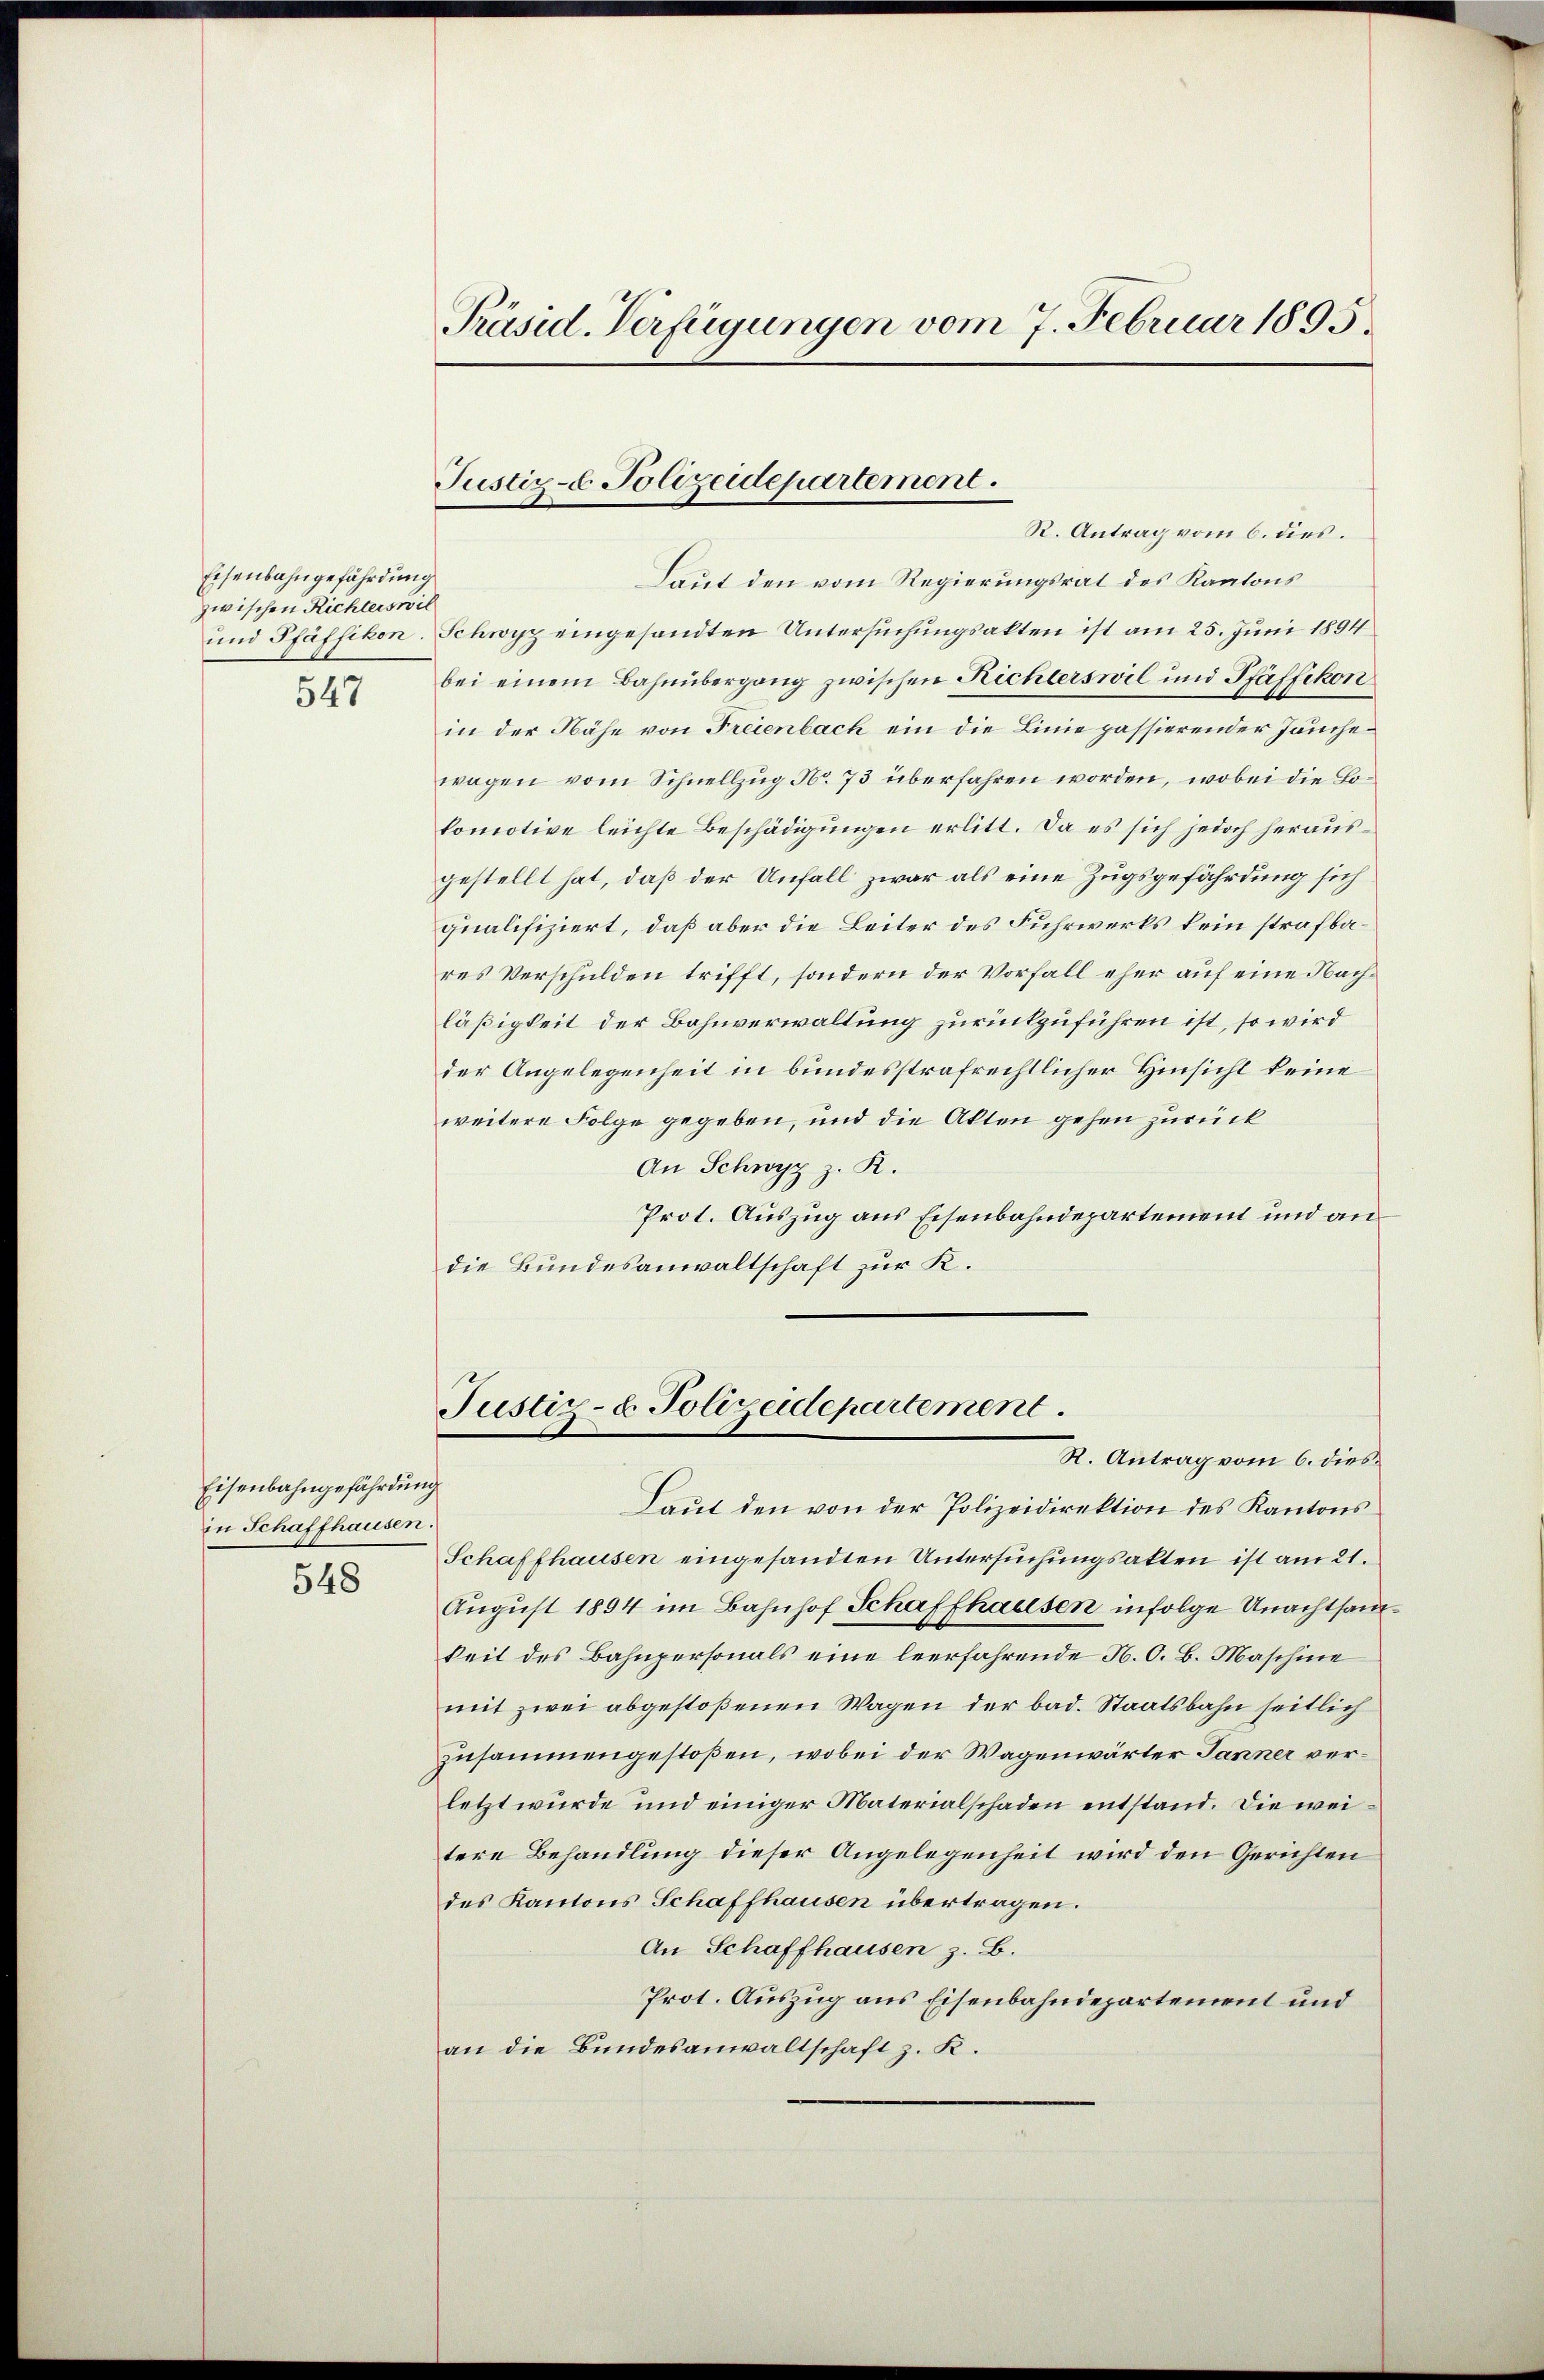
Eisenbahngefährdung
zwischen Richterswil
547

Eisenbahngefährdung
in Schaffhausen.
548

Präsid. Verfügungen vom 7. Februar 1895.

Justiz- & Polizeidepartement.
R. Antrag vom 6. dies.

Laut den vom Regierungsrat des Kantons
und Pfäffikon. Schwyz eingesandten Untersuchungsakten ist am 25. Juni 1894
bei einem Bahnübergang zwischen Richterswil und Pfäffikon
in der Nähe von Freienbach ein die Linie passierender Jauchewagen vom Schnellzug No. 73 überfahren worden, wobei die Lokomotive leichte Beschädigungen erlitt. Da es sich jedoch herausgestellt hat, daß der Unfall zwar als eine Zugsgefährdung sich
qualifiziert, daß aber die Leiter des Fuhrwerks kein strafbares Verschulden trifft, sondern der Vorfall eher auf eine Nachläßigkeit der Bahnverwaltung zurückzuführen ist, so wird
der Angelegenheit in bundesstrafrechtlicher Hinsicht keine
weitere Folge gegeben, und die Akten gehen zurück
An Schwyz z. R.
Prot. Auszug aus Eisenbahndepartement und andie Bundesanwaltschaft zur K.

Laut den von der Polizeidirektion des Kantons
Schaffhausen eingesandten Untersuchungsakten ist am 21.
August 1894 im Bahnhof Schaffhausen infolge Unachtsamkeit des Bahnpersonals eine leerfahrende N. O. B. Maschine
mit zwei abgestoßenen Wagen der bad. Staatsbahn seitlich
zusammengestoßen, wobei der Wagenwärter Janner verletzt wurde und einiger Materialschaden entstand. Die weitere Behandlung dieser Angelegenheit wird den Gerichten
des Kantons Schaffhausen übertragen.
An Schaffhausen z. B.
Prot. Auszug aus Eisenbahndepartement und
an die Bundesanwaltschaft z. K.

Justiz- & Polizeidepartement.
R. Antrag vom 6. dies